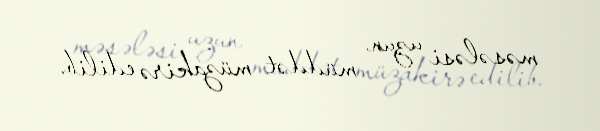
məsələsi uzun müddət müzakirə edilib.